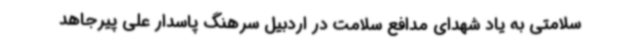
سلامتی به یاد شهدای مدافع سلامت در اردبیل سرهنگ پاسدار علی پیرجاهد